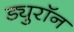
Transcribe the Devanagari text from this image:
ड्युरॉन